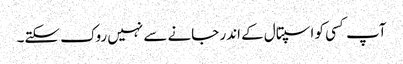
آپ کسی کو اسپتال کے اندر جانے سے نہیں روک سکتے۔